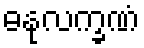
ဓနုလက္ခဏံ